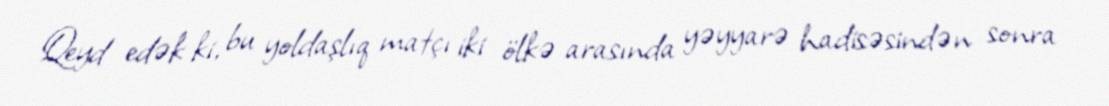
Qeyd edək ki, bu yoldaşlıq matçı iki ölkə arasında yəyyarə hadisəsindən sonra